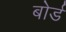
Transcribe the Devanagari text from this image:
बोर्ड